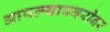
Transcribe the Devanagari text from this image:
आपल्याबबरोबर